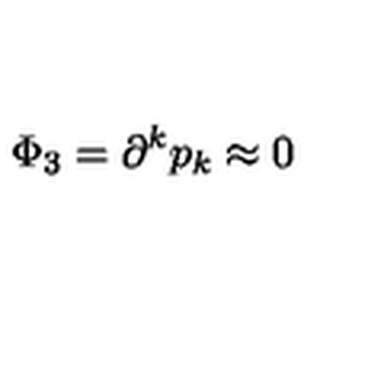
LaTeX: \Phi _ { 3 } = \partial ^ { k } p _ { k } \approx 0